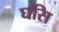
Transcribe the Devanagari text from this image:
घसि